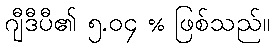
ဂျီဒီပီ၏ ၅.၀၄ % ဖြစ်သည်။